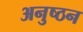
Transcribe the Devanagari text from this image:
अनुष्ठन